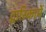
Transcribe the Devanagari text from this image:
द्वारिकामें